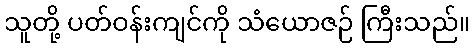
သူတို့ ပတ်ဝန်းကျင်ကို သံယောဇဉ် ကြီးသည်။